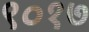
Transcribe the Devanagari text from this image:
९०१७